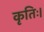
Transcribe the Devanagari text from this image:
कृतिः।